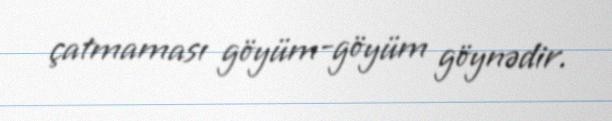
çatmaması göyüm-göyüm göynədir.